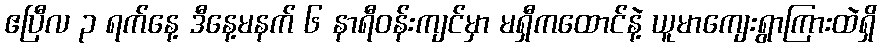
ဧပြီလ ၃ ရက်နေ့ ဒီနေ့မနက် ၆ နာရီဝန်းကျင်မှာ မရှီကထောင်နဲ့ ယူမာကျေးရွာကြားထဲရှိ